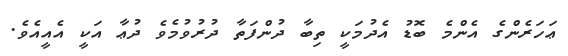
ޢަހަަރެންގެ އެންމެ ބޮޑު އެދުމަކީ ތިބާ ދުންފަތާ ދުރުވުމެވެ ދުޢާ އަކީ އެއީއެވެ.